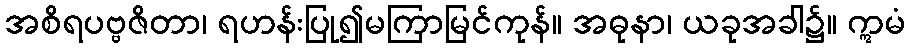
အစိရပဗ္ဗဇိတာ၊ ရဟန်းပြု၍မကြာမြင်ကုန်။ အဓုနာ၊ ယခုအခါ၌။ ဣမံ